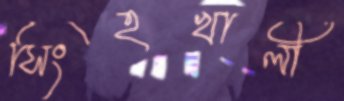
সিংহখালী